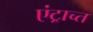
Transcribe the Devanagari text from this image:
एंट्राच्त